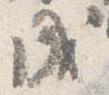
成